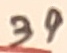
Text: 39